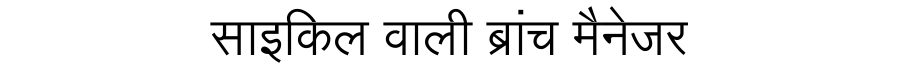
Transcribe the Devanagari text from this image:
साइकिल वाली ब्रांच मैनेजर